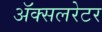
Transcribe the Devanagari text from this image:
ॲक्सलरेटर